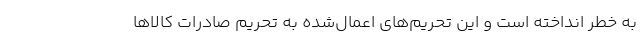
به خطر انداخته است و این تحریم‌های اعمال‌شده به تحریم صادرات کالاها